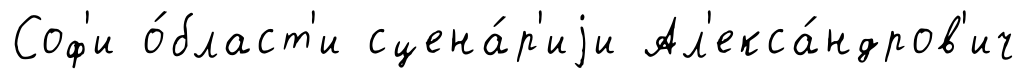
Соф'и о́бласт'и сцена́р'иjи Ал'екса́ндров'ич